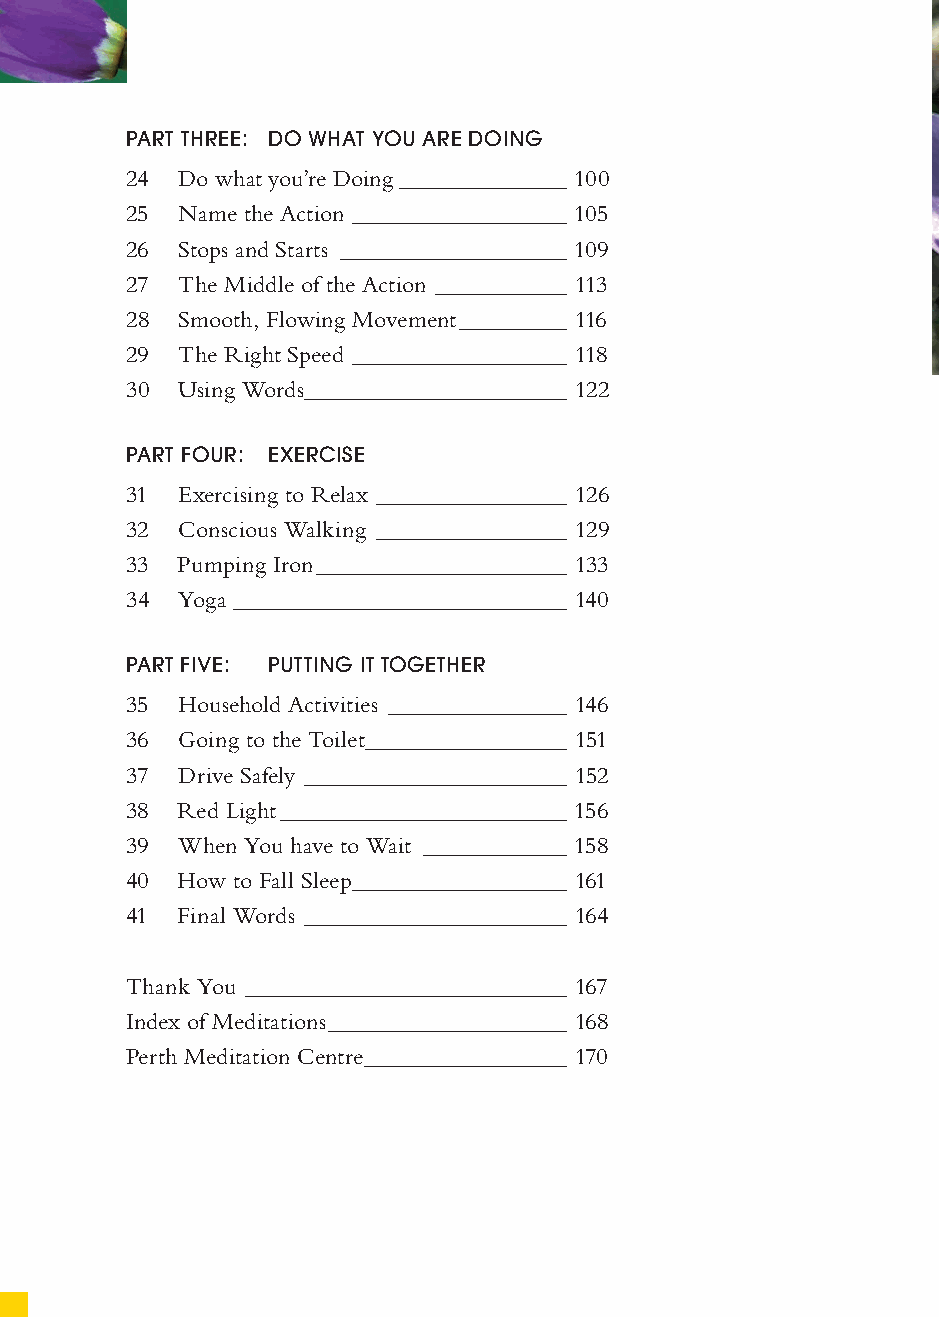
PART THREE: DO WHAT YOU ARE DOING
 24  Do what you’re Doing ______________ 100
 25  Name the Action __________________ 105
 26  Stops and Starts ___________________ 109
 27  The Middle of the Action ___________ 113
 28  Smooth, Flowing Movement _________ 116
 29  The Right Speed __________________ 118
 30  Using Words ______________________ 122
 PART FOUR: EXERCISE
 31  Exercising to Relax ________________ 126
 32  Conscious Walking ________________ 129
 33  Pumping Iron _____________________ 133
 34  Yoga ____________________________ 140
 PART FIVE: PUTTING IT TOGETHER
 35  Household Activities _______________ 146
 36  Going to the Toilet _________________ 151
 37  Drive Safely ______________________ 152
 38  Red Light ________________________ 156
 39  When You have to Wait ____________ 158
 40  How to Fall Sleep __________________ 161
 41  Final Words ______________________ 164
 Thank You ___________________________ 167
 Index of Meditations ____________________ 168
 Perth Meditation Centre _________________ 170
 ffiivvee__220000667788..iinndddd 44                 3300//55//0055 55::0033::1133 PPMM